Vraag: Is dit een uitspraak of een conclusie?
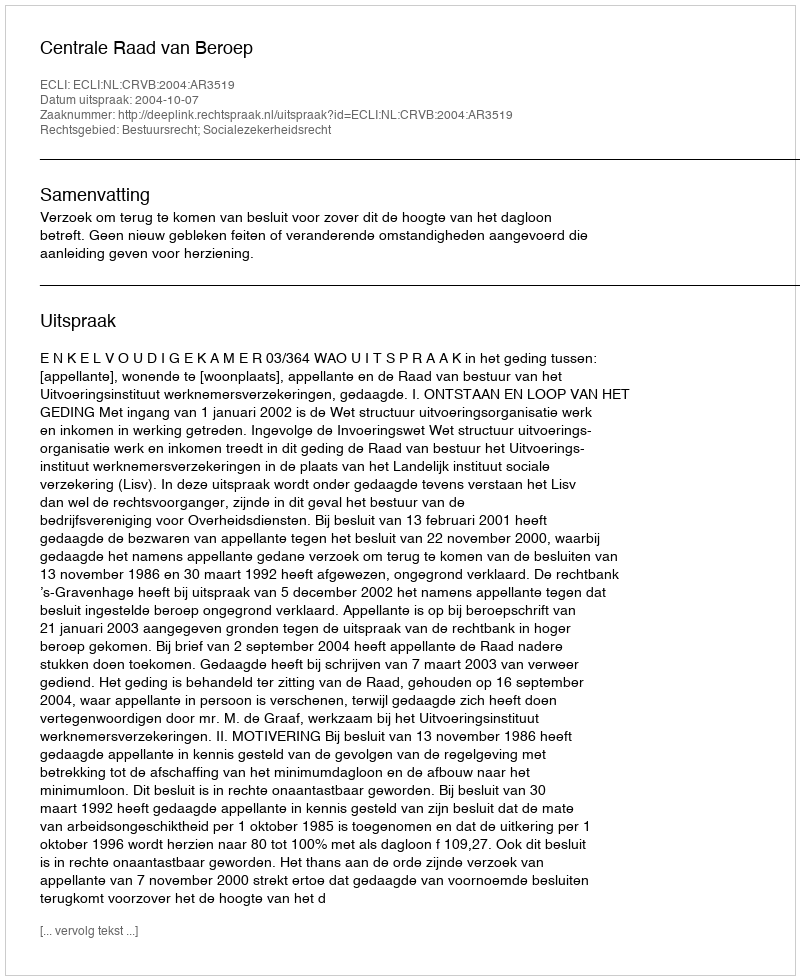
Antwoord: Uitspraak